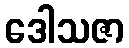
ဒေါသဇာ